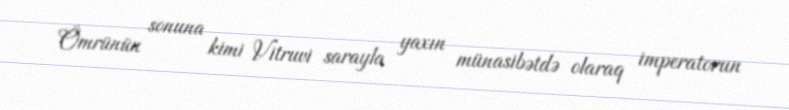
Ömrünün sonuna kimi Vitruvi sarayla yaxın münasibətdə olaraq imperatorun